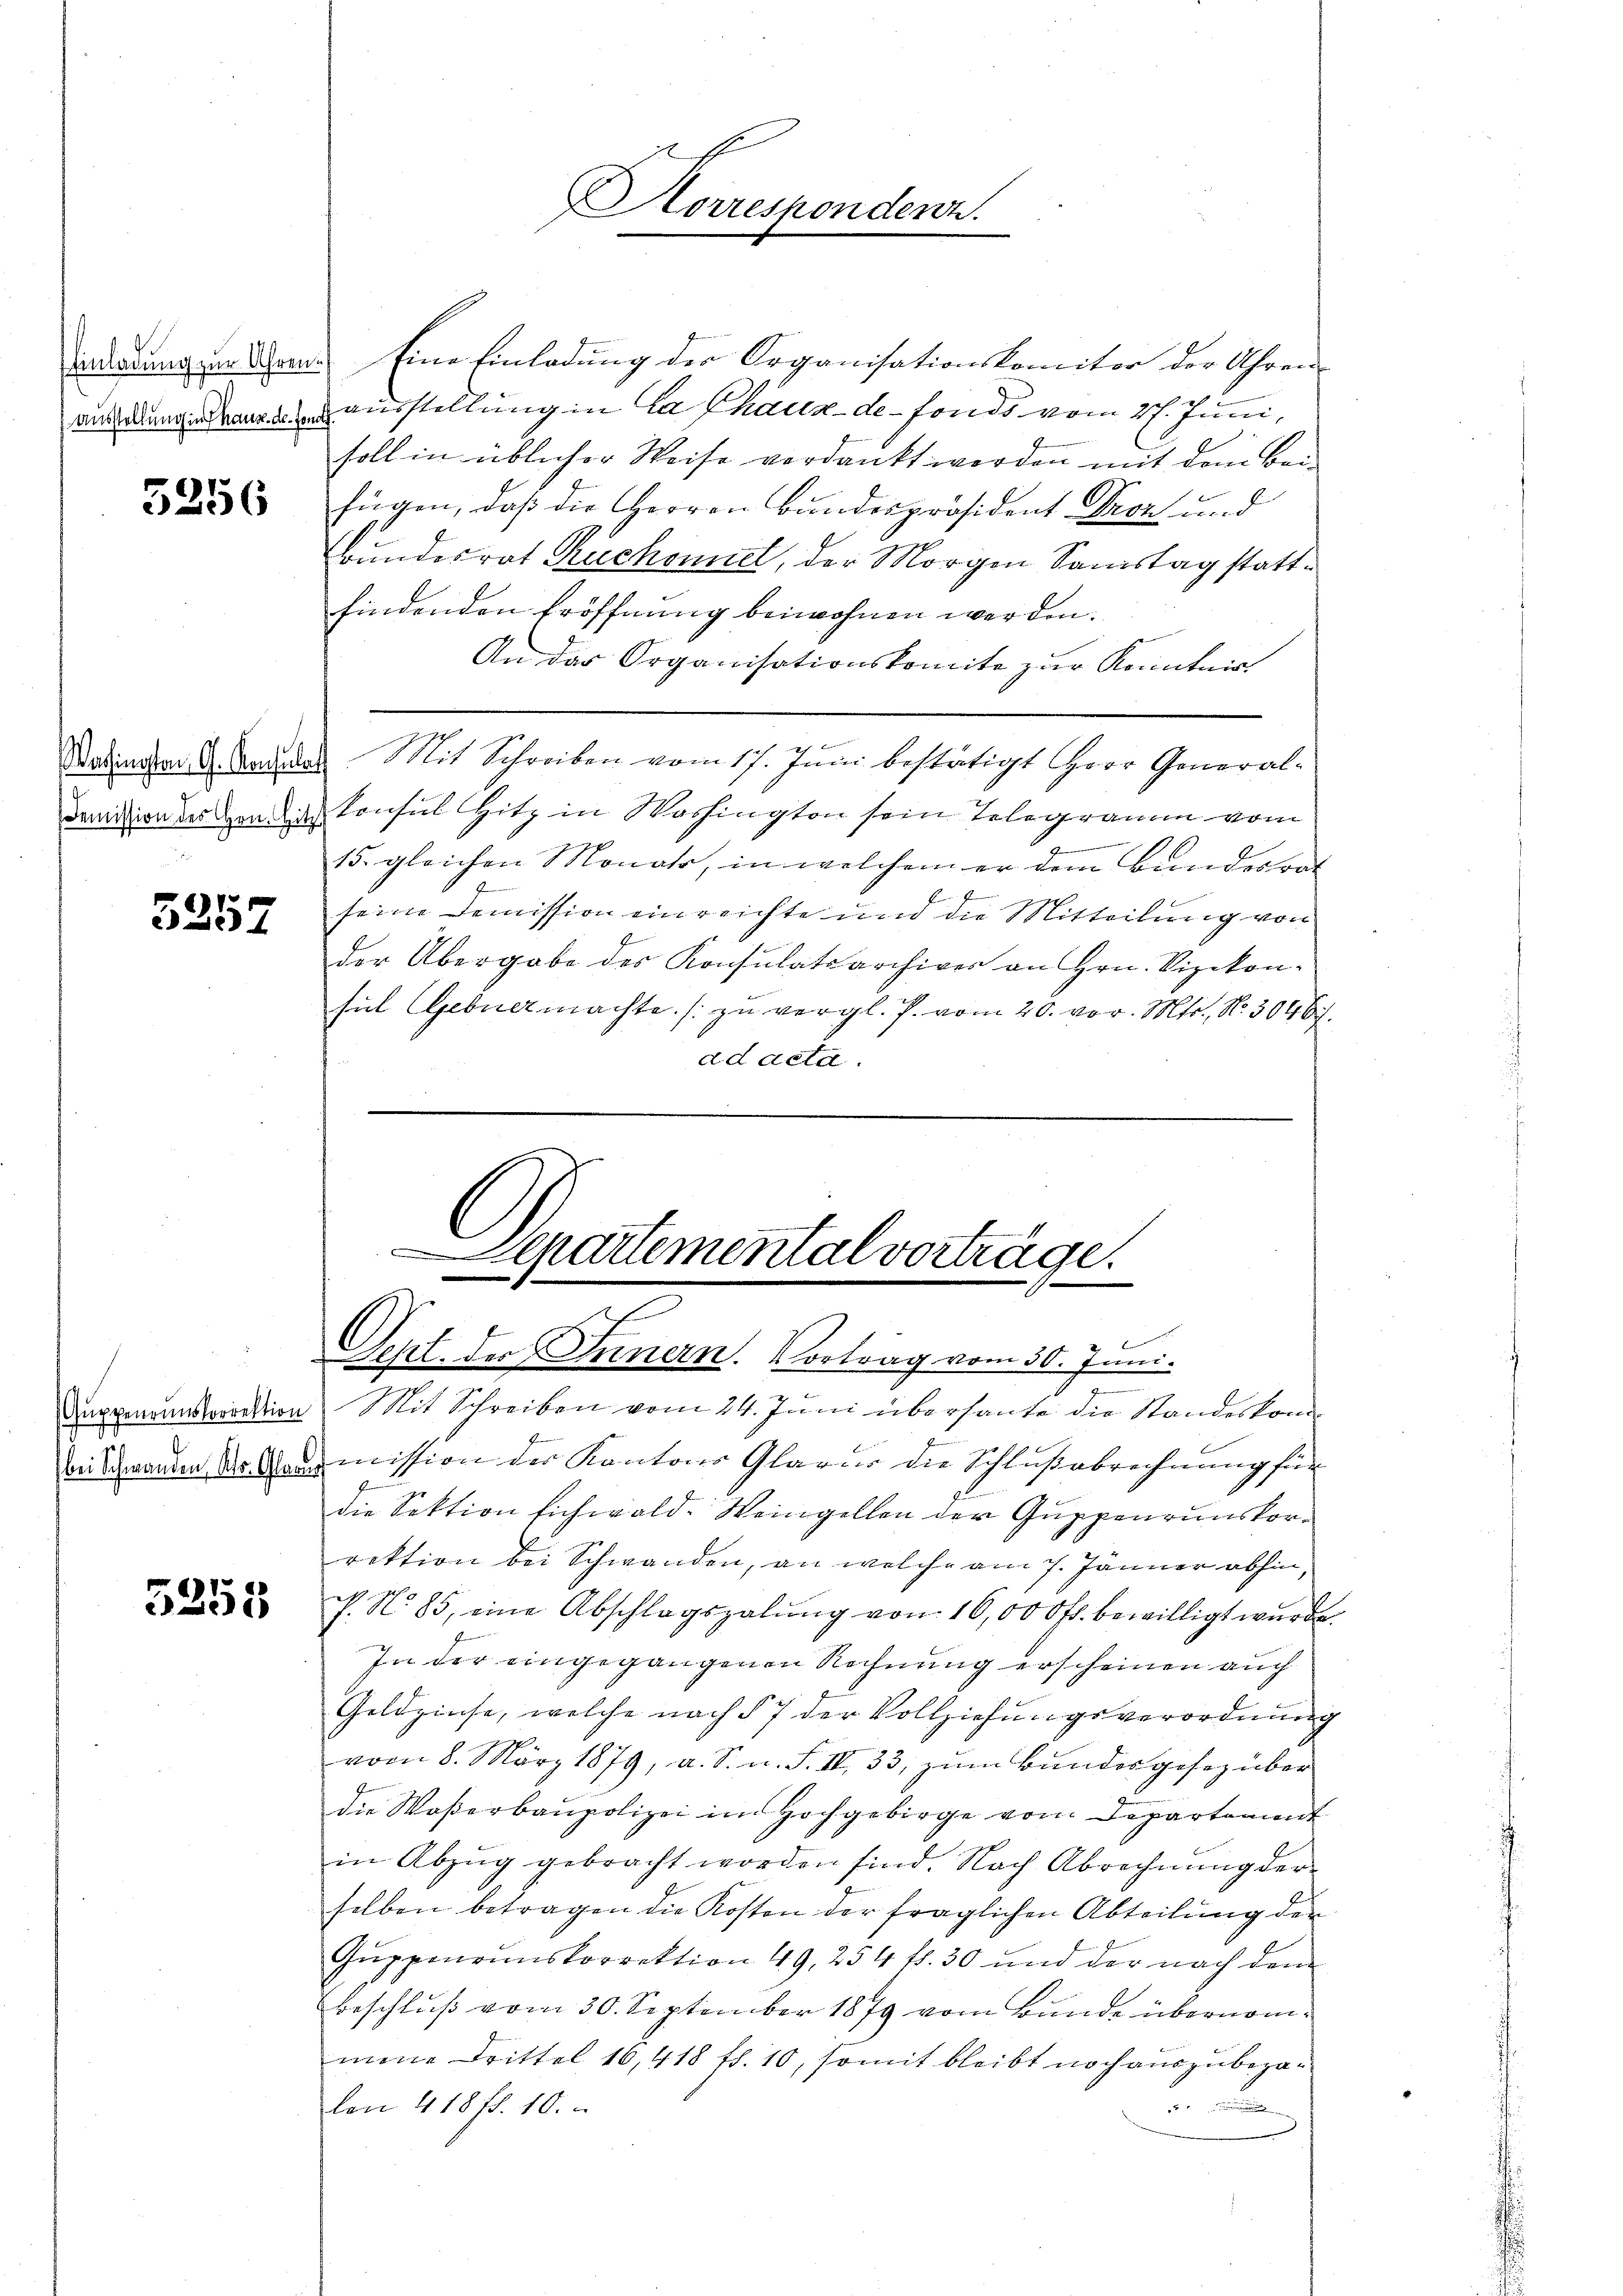
(ausstellung in Thaus de for

5256

Vechington, G. Konsul
Demission des Hrn. Hi

5257

bei Schwanden, Uhr. Glarus

5258

Barderung im Uhren. Eine Einladung der Organisationskomiter der Uhren-
ausstellung in La Chaux-de-Fonds vom 27. Juni,
soll in üblicher Weise verdankt werden mit dem Bei-
fügen, daß die Herren Bundespräsident Droz und
Bundesrat Ruchonnel, der Morgen Samstag stattfindenden Eröffnung beiwohnen werden.
An der Organisationskomite zur Kenntnis
3. Mit Schreiben vom 17. Juni bestätigt Herr General-
Consul Hitz in Washington sein Telegramm vom
.
15. gleichen Monate, in welchem er dem Bundesrat
seine Demission einreichte und die Mitteilung von
der Übergabe des Konsulatsarchiver an Hrn. Vizekonsil Gebuermachte. (zu vergl. P. vom 20. vor. Mts., No. 3046.
ad acta.

Horrespondenz.

Separtemental vorträge.
E
Seht. der Innern. Vortrag vom 30. Juni.

Duppmannstoration. Mit Schreiben vom 24. Juni überhante die Standeskommission der Kantons Glarus die Schlußabrechnung für
.
die Sektion sichwold. Weingellen der Guppenrunskorrektion bei Schwanden, an welche am 7. Jänner abhin,
h. No 85, eine Abschlagszalung von 16,000 fl. bewilligt wurde.
In der eingegangenen Rechnung erscheinen auch
Geldzinse, welche nach § 7 der Vollziehungsverordnung
vom 8. März 1879, a. S. n. F. II 33, zum Bundesgesez über
die Waßerbaupolizei im Hochgebirge vom Departement
in Abzug gebracht worden sind. Nach Abrechnung der
selben betragen die Kosten der fraglichen Abteilung der
Guppenrinskorrektion 49, 254 fl. 30 und der nach dem
Beschluß vom 30. September 1879 vom Bunde übernommene Drittel 16,418 ff. 10, somit bleibt noch auszubezaulon 418 fl. 10.